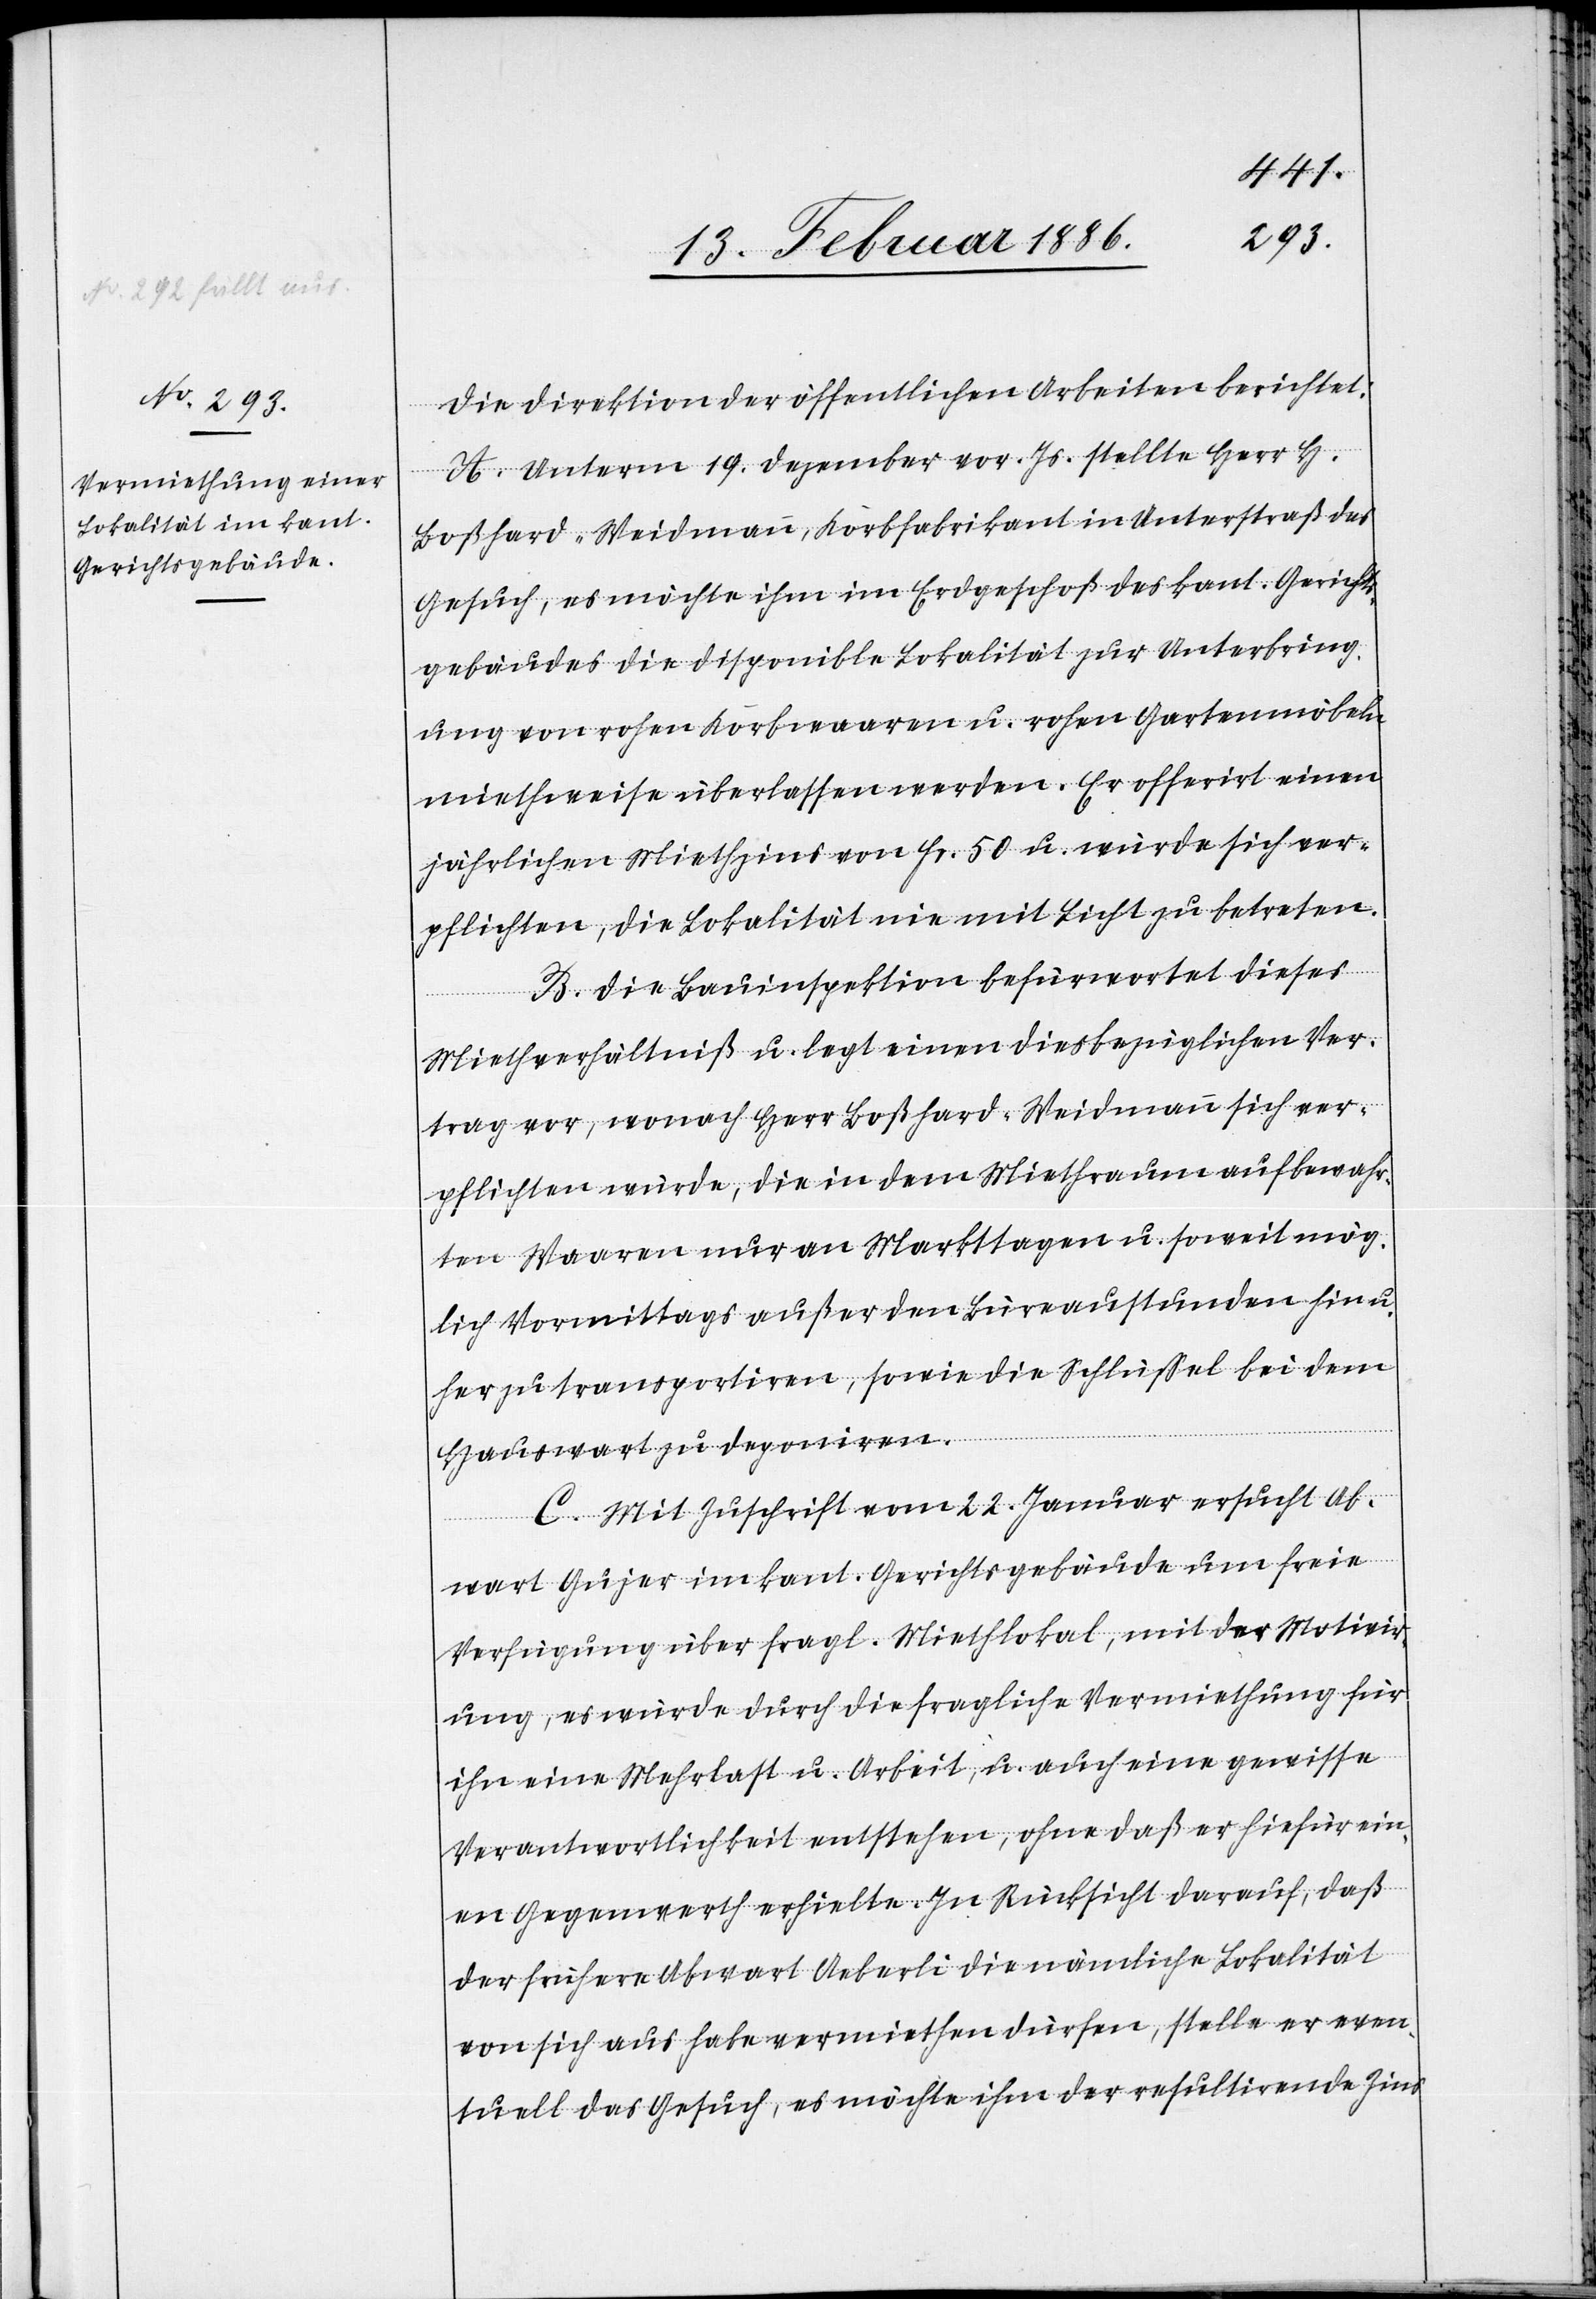
Die Direktion der öffentlichen Arbeiten berichtet:
A. Unterm 19. Dezember vor. Js. stellte Herr H.
Boßhard-Weidmann, Korbfabrikant in Unterstraß das
Gesuch, es möchte ihm im Erdgeschoß des kant. Gerichts¬
gebäudes die disponible Lokalität zur Unterbring¬
ung von rohen Korbwaaren u. rohen Gartenmöbeln
miethweise überlassen werden. Er offerirt einen
jährlichen Miethzins von Fr. 50 u. würde sich ver¬
pflichten, die Lokalität nie mit Licht zu betreten.
B. Die Bauinspektion befürwortet dieses
Miethverhältniß u. legt einen diesbezüglichen Ver¬
trag vor, wonach Herr Boßhard-Weidmann sich ver¬
pflichten würde, die in dem Miethraum aufbewahr¬
ten Waaren nur an Markttagen u. soweit mög¬
lich Vormittags außer den Büreaustunden hin u.
her zu transportiren, sowie die Schlüßel bei dem
Hauswart zu deponiren.
C. Mit Zuschrift vom 22. Januar ersucht Ab¬
wart Gujer im kant. Gerichtsgebäude um freie
Verfügung über fragl. Mietlokal, mit der Motivir¬
ung, es würde durch die fragliche Vermiethung für
ihn eine Mehrlast u. Arbeit, u. auch eine gewisse
Verantwortlichkeit entstehen, ohne daß er hiefür ein¬
en Gegenwerth erhielte. In Rücksicht darauf, daß
der frühere Abwart Aeberli die nämliche Lokalität
von sich aus habe vermieten dürfen, stelle er even¬
tuell das Gesuch, es möchte ihm der resultirende Zins